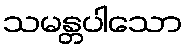
သမန္တပါသော